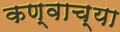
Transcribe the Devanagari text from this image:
कण्वाच्या